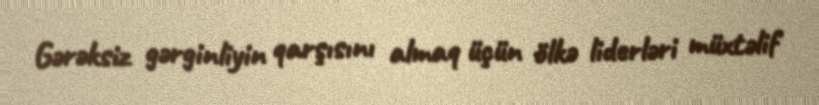
Gərəksiz gərginliyin qarşısını almaq üçün ölkə liderləri müxtəlif